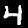
Label: 4